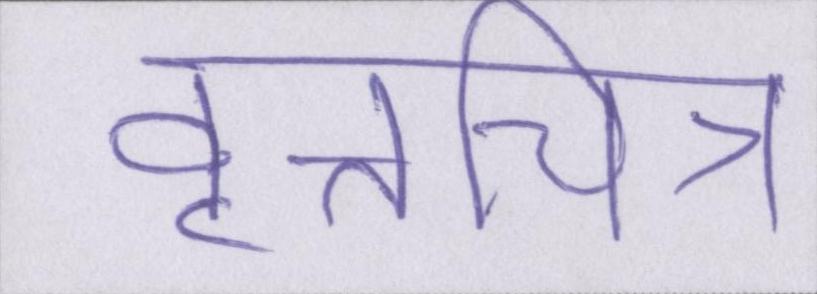
वृत्तचित्र